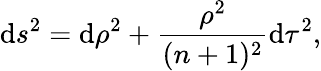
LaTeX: \mathrm{d}s^{2}=\mathrm{d}\rho^{2}+\frac{{\rho^{2}}}{{(n+1)^{2}}}\mathrm{d}\tau^{2},